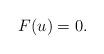
LaTeX: \begin{align*}F(u) = 0. \end{align*}